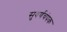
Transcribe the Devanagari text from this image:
सुवर्णचंपक